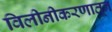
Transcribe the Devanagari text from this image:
विलीनीकरणातून